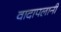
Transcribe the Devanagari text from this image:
वादापलानी